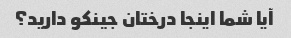
آیا شما اینجا درختان جینکو دارید؟